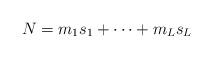
LaTeX: \begin{align*}N = m_1 s_1 + \cdots + m_L s_L \end{align*}